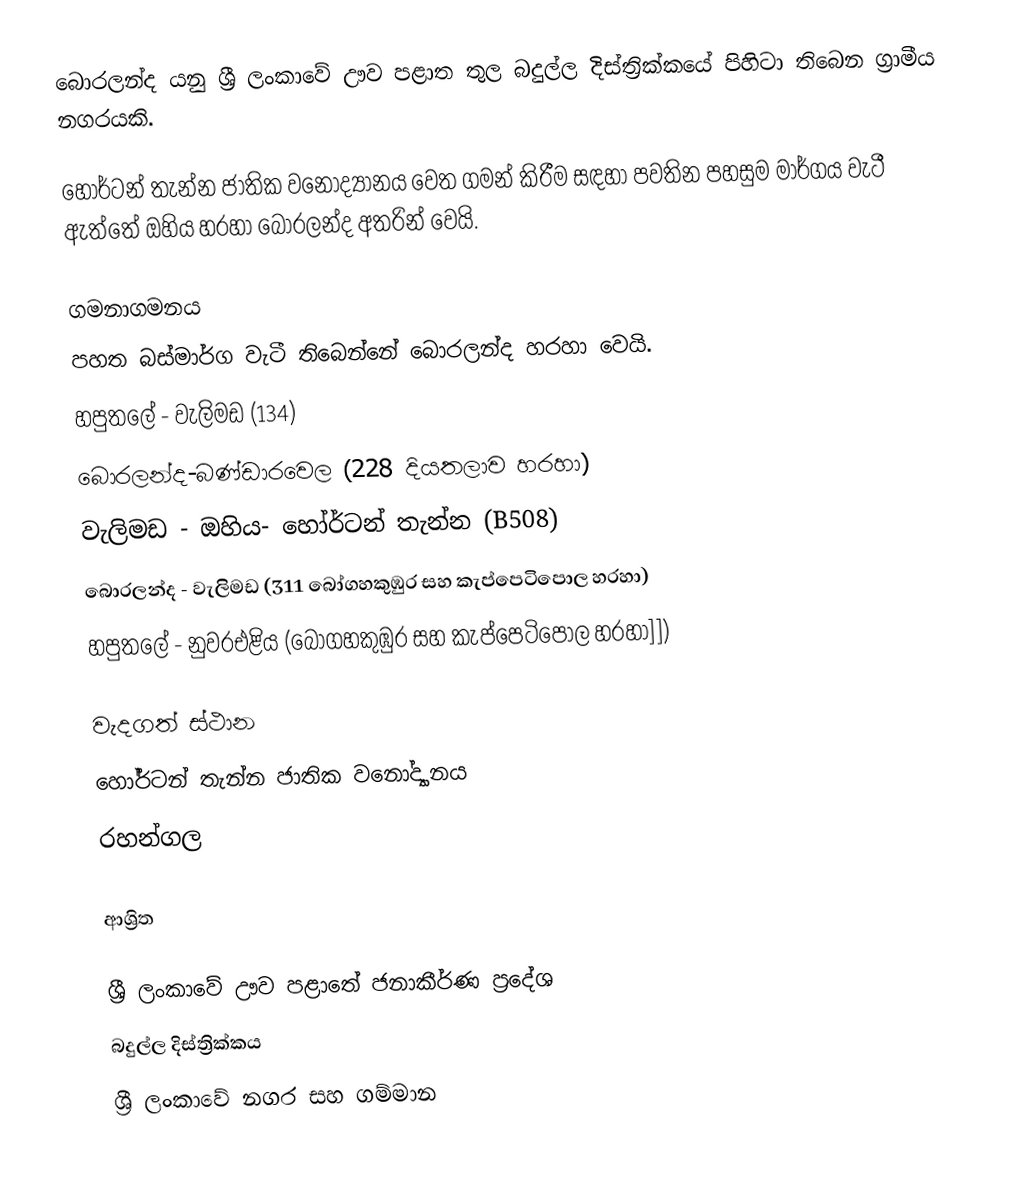
බොරලන්ද යනු ශ්‍රී ලංකාවේ ඌව පළාත තුල බදුල්ල දිස්ත්‍රික්කයේ පිහිටා තිබෙන ග්‍රාමීය නගරයකි.

හෝර්ටන් තැන්න ජාතික වනෝද්‍යානය වෙත ගමන් කිරීම සඳහා පවතින පහසුම මාර්ගය වැටී ඇත්තේ ඔහිය හරහා බොරලන්ද අතරින් වෙයි.

ගමනාගමනය
පහත බස්මාර්ග වැටී තිබෙන්නේ බොරලන්ද හරහා වෙයි.
හපුතලේ - වැලිමඩ (134)
බොරලන්ද-බණ්ඩාරවෙල (228 දියතලාව හරහා)
වැලිමඩ - ඔහිය- හෝර්ටන් තැන්න  (B508)
බොරලන්ද - වැලිමඩ (311 බෝගහකුඹුර සහ කැප්පෙටිපොල හරහා)
හපුතලේ - නුවරඑළිය (බෝගහකුඹුර සහ කැප්පෙටිපොල හරහා]])

වැදගත් ස්ථාන
හෝර්ටන් තැන්න ජාතික වනෝද්‍යානය
රහන්ගල

ආශ්‍රිත

ශ්‍රී ලංකාවේ ඌව පළාතේ ජනාකීර්ණ ප්‍රදේශ
බදුල්ල දිස්ත්‍රික්කය
ශ්‍රී ලංකාවේ නගර සහ ගම්මාන